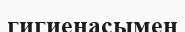
гигиенасымен